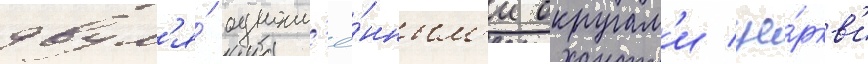
двум'я́ одноим'ё́нным'и округам'и це́ркв'и